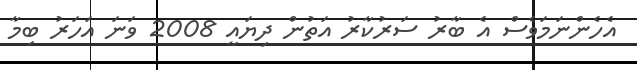
އެހެންނަމަވެސް އެ ބާރު ސަރުކާރު އަތުން ދިޔައީ 2008 ވަނަ އަހަރު ބިމާ